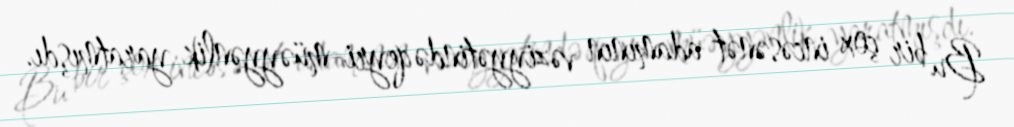
Bu bir çox incəsənət adamının vəziyyətində qeyri-müəyyənlik yaratmışdı.